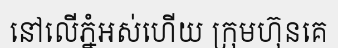
នៅលើភ្នំអស់ហើយ ក្រុមហ៊ុនគេ